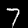
Digit: 7